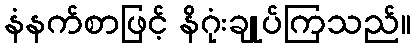
နံနက်စာဖြင့် နိဂုံးချုပ်ကြသည်။